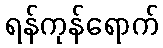
ရန်ကုန်ရောက်